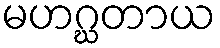
မဟဂ္ဃတာယ